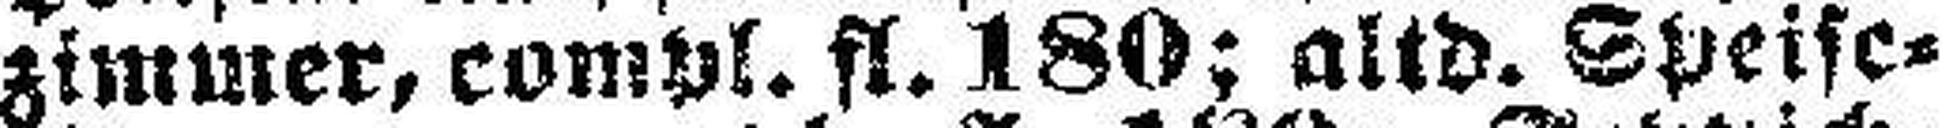
zimmer, compl. fl. 180; altd. Speise¬